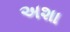
અશા